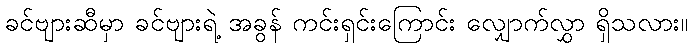
ခင်ဗျားဆီမှာ ခင်ဗျားရဲ့ အခွန် ကင်းရှင်းကြောင်း လျှောက်လွှာ ရှိသလား။